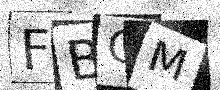
Text: FBQM